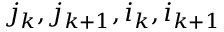
j _ { k } , j _ { k + 1 } , i _ { k } , i _ { k + 1 }